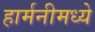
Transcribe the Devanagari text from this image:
हार्मनीमध्ये